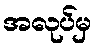
အလုပ်မှ